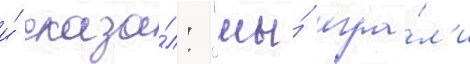
и́ сказа́л: "мы́ игра́л'и